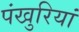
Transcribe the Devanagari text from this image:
पंखुरियां